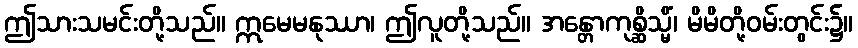
ဤသားသမင်းတို့သည်။ ဣမေမနုဿာ၊ ဤလူတို့သည်။ အန္တောကုစ္ဆိသ္မိံ၊ မိမိတို့ဝမ်းတွင်း၌။